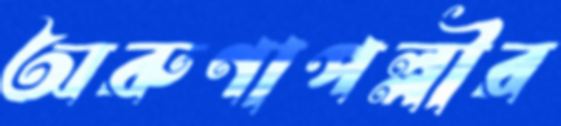
অরুণাপল্লীর